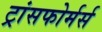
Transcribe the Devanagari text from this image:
ट्रांसफोर्मर्स